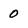
Character: 0